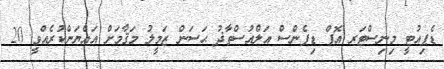
ޑެޕިއުޓީ މިނިސްޓަރ އޮފް ޑިފެންސް އަލްއުސްތާޛު ޙަސަން ޒަމީލު މަޤާމަށް އައްޔަންކުރެއްވީ 20